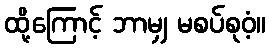
ထို့ကြောင့် ဘာမျှ မစပ်စုဝံ့။